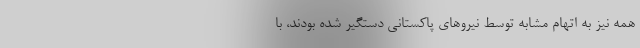
همه نیز به اتهام مشابه توسط نیروهای پاکستانی دستگیر شده بودند، با